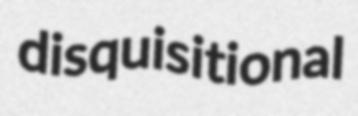
disquisitional